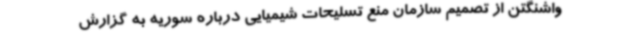
واشنگتن از تصمیم سازمان منع تسلیحات شیمیایی درباره سوریه به گزارش